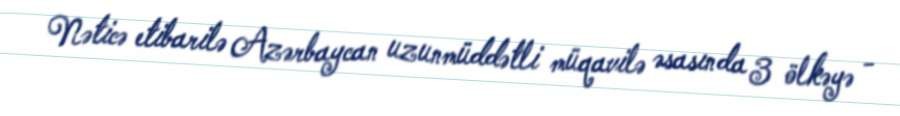
Nəticə etibarilə Azərbaycan uzunmüddətli müqavilə əsasında 3 ölkəyə -